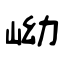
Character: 岰